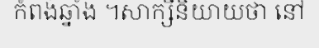
កំពង់ឆ្នាំង ។សាក្សីនិយាយថា នៅ